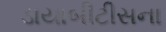
ડાયાબીટીસના